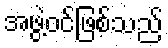
အဖွဲ့ဝင်ဖြစ်သည်